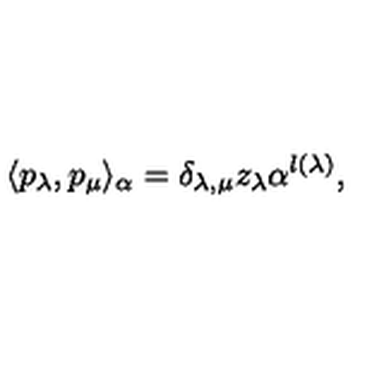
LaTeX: \langle p _ { \lambda } , p _ { \mu } \rangle _ { \alpha } = \delta _ { \lambda , \mu } z _ { \lambda } \alpha ^ { l ( \lambda ) } ,